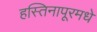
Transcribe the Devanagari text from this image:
हस्तिनापूरमधे